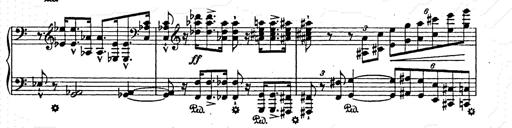
Title: AnnÃ©es de pÃ¨lerinage II
Composer: Franz Liszt